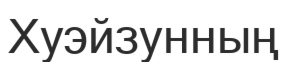
Хуэйзунның